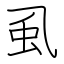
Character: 虱